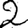
Digit: 2